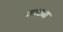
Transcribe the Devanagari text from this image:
काट्या